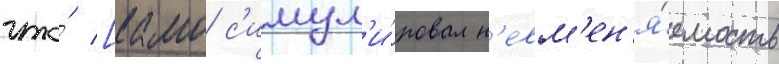
что́ [камо с'имул'и́ровал н'евм'ен'я́емость